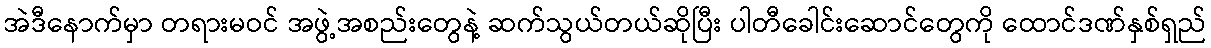
အဲဒီနောက်မှာ တရားမဝင် အဖွဲ့အစည်းတွေနဲ့ ဆက်သွယ်တယ်ဆိုပြီး ပါတီခေါင်းဆောင်တွေကို ထောင်ဒဏ်နှစ်ရှည်